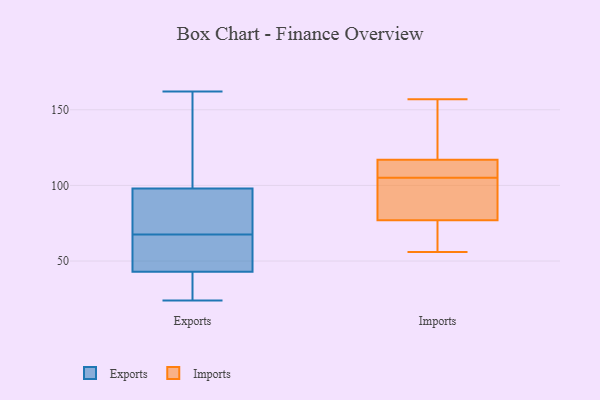
{"axis": {"x": "Population (Million)", "y": "Value"}, "legend": ["Exports", "Imports"], "data": [{"x": "", "y": 53, "type": "Exports"}, {"x": "", "y": 104, "type": "Exports"}, {"x": "", "y": 43, "type": "Exports"}, {"x": "", "y": 92, "type": "Exports"}, {"x": "", "y": 162, "type": "Exports"}, {"x": "", "y": 68, "type": "Exports"}, {"x": "", "y": 24, "type": "Exports"}, {"x": "", "y": 36, "type": "Exports"}, {"x": "", "y": 67, "type": "Exports"}, {"x": "", "y": 98, "type": "Exports"}, {"x": "", "y": 110, "type": "Imports"}, {"x": "", "y": 117, "type": "Imports"}, {"x": "", "y": 83, "type": "Imports"}, {"x": "", "y": 105, "type": "Imports"}, {"x": "", "y": 71, "type": "Imports"}, {"x": "", "y": 125, "type": "Imports"}, {"x": "", "y": 75, "type": "Imports"}, {"x": "", "y": 91, "type": "Imports"}, {"x": "", "y": 117, "type": "Imports"}, {"x": "", "y": 157, "type": "Imports"}, {"x": "", "y": 56, "type": "Imports"}]}